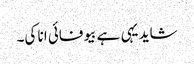
شاید یہی ہے بیوفائی انا کی۔